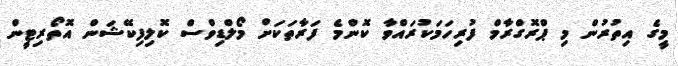
މީގެ އިތުރުން މި ޕްރޮގްރާމް ފުރިހަމަކުރައްވާ ކޮންމެ ފަރާތަކަށް މޯލްޑިވްސް ކޮލިފިކޭޝަން އޮތޯރިޓީން